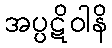
အပ္ပဋိဝါနိ